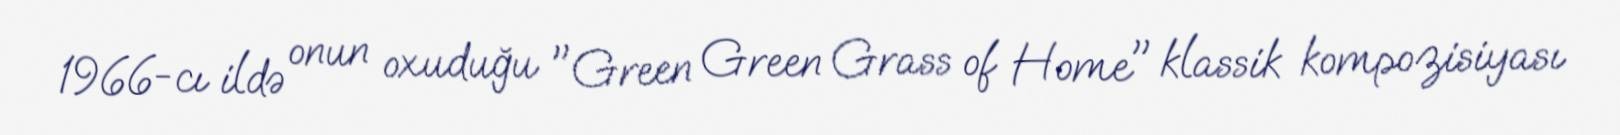
1966-cı ildə onun oxuduğu "Green Green Grass of Home" klassik kompozisiyası